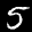
Label: 5